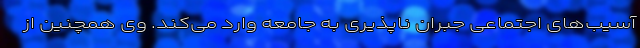
آسیب‌های اجتماعی جبران ناپذیری به جامعه وارد می‌کند. وی همچنین از